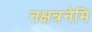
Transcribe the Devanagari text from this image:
नक्षत्रनेमि